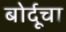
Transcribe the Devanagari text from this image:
बोर्दूचा